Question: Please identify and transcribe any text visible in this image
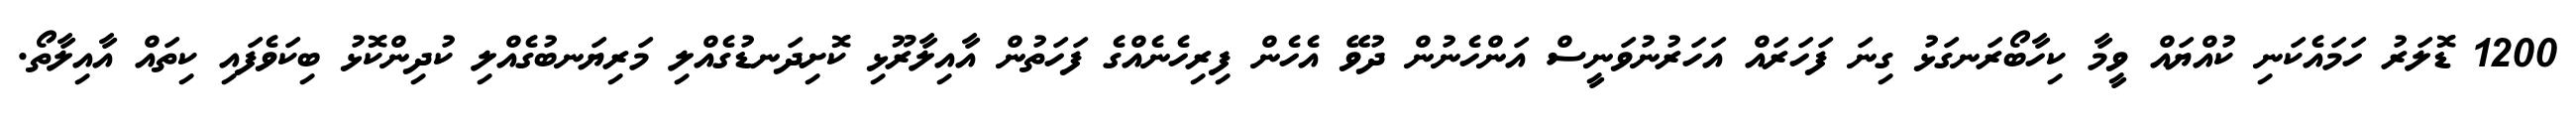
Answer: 1200 ޑޮލަރު ހަމައެކަނި ކުއްޔައް ވީމާ ކިހާބޯރަނގަޅު ގިނަ ފަހަރައް އަހަރުނުވަނީސް އަންހެނުން ދުވޭ އެހެން ފިރިހެނެއްގެ ފަހަތުން އާއިލާރޫޅި ކޮށިދަނޑުގެއްލި މަރިޔަނބުގެއްލި ކުދިންކޮޅު ބިކަވެފައި ކިތައް އާއިލާތޯ.